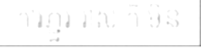
ការភ្ជួរ រាស់ ក៏ មិន